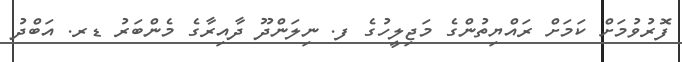
ފޮރުވުމަށް ކަމަށް ރައްޔިތުންގެ މަޖިލީހުގެ ފ. ނިލަންދޫ ދާއިރާގެ މެންބަރު ޑރ. އަބްދު